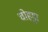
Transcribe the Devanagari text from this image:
चोहट्टा